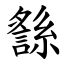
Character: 䌛